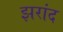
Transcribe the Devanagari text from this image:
झरांद